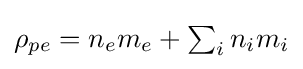
\textstyle \rho _{pe}=n_{e}m_{e}+\sum _{i}n_{i}m_{i}